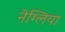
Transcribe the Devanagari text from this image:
नेग्लिया